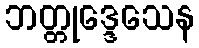
ဘတ္တုဒ္ဒေသေန